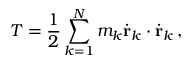
T = { \frac { 1 } { 2 } } \sum _ { k = 1 } ^ { N } m _ { k } { \dot { \mathbf { r } } } _ { k } \cdot { \dot { \mathbf { r } } } _ { k } \, ,